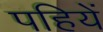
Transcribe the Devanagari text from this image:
पहियें